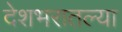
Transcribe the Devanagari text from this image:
देशभरातल्या